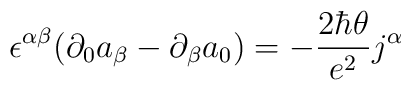
\epsilon^{\alpha\beta}(\partial_0 a_\beta -\partial_\beta a_0)=-{2\hbar\theta\over e^2}j^\alpha